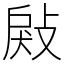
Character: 㪐